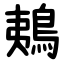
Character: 鴺